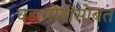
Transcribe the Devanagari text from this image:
घडामोडींसोबत